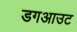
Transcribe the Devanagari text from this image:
डगआउट